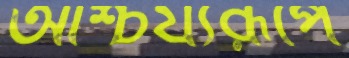
আশ্চর্য্যরূপে